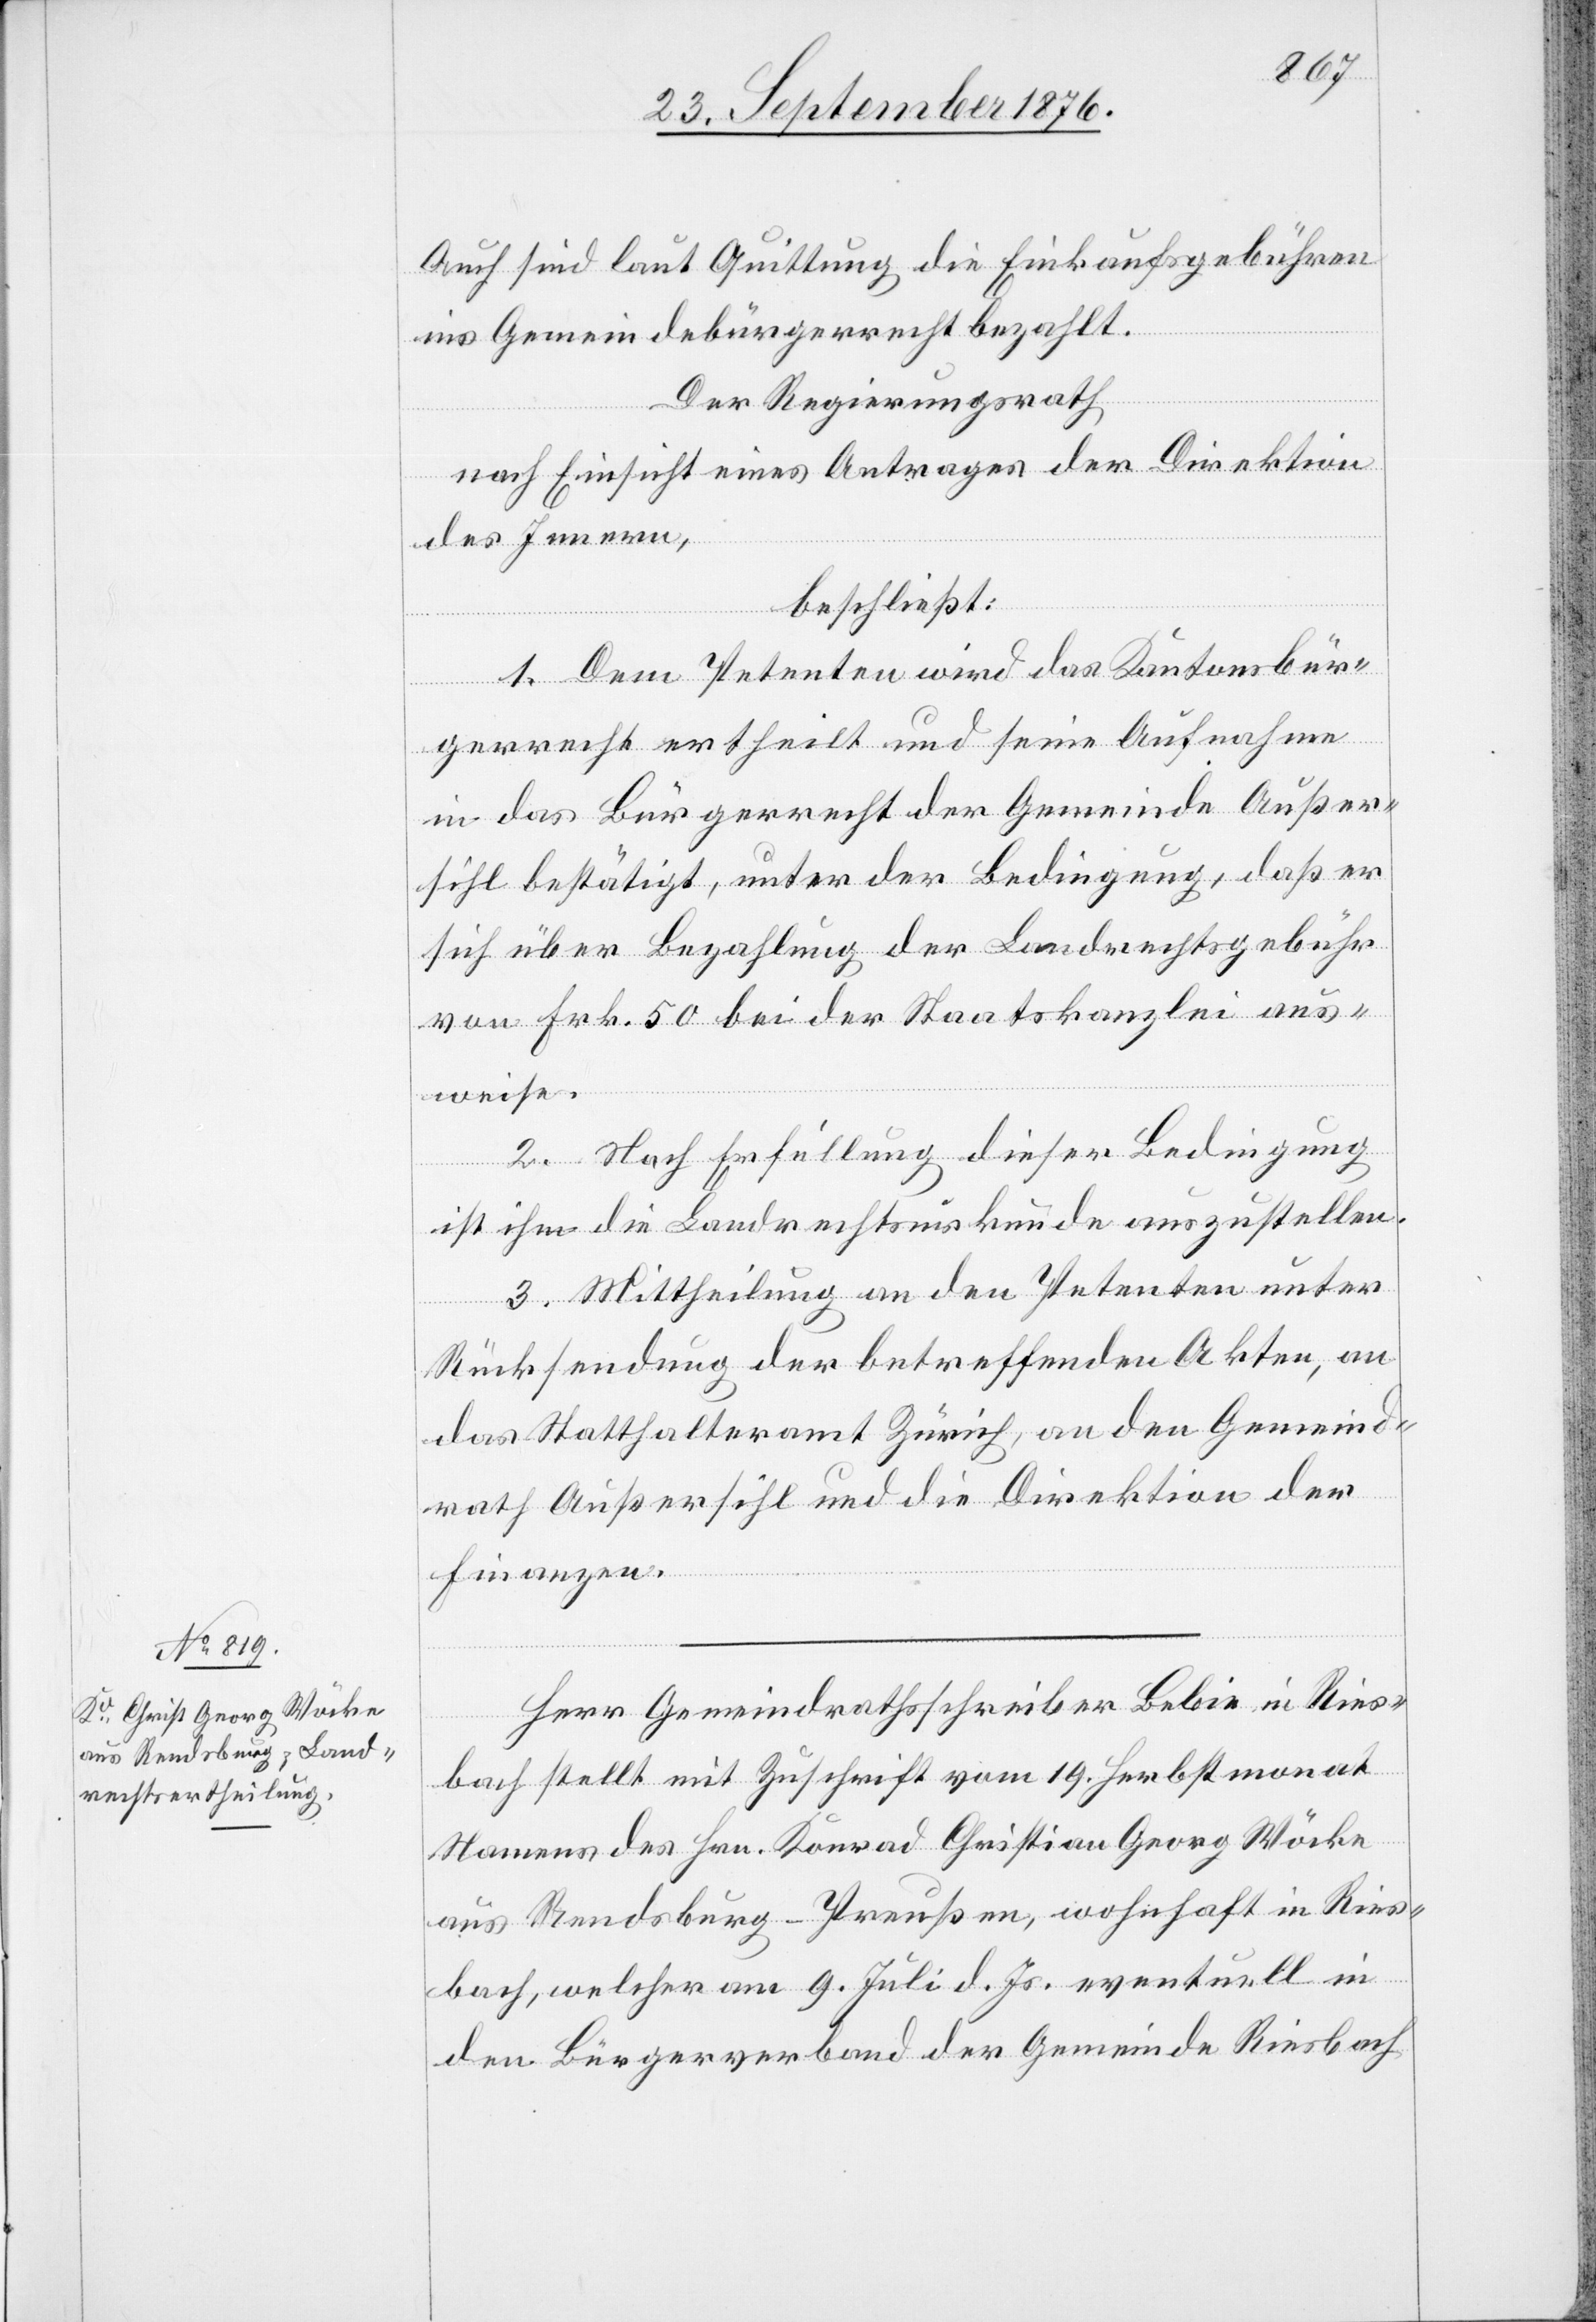
Auch sind laut Quittung die Einkaufsgebühren
ins Gemeindebürgerrecht bezahlt.
Der Regierungsrath,
nach Einsicht eines Antrages der Direktion
des Innern,
beschließt:
1. Dem Petenten wird das Kantonsbür¬
gerrecht ertheilt und seine Aufnahme
in das Bürgerrecht der Gemeinde Außer¬
sihl bestätigt, unter der Bedingung, daß er
sich über Bezahlung der Landrechtsgebühr
von Frk. 50 bei der Staatskanzlei aus¬
weise.
2. Nach Erfüllung dieser Bedingung
ist ihm die Landrechtsurkunde auszustellen.
3. Mittheilung an den Petenten unter
Rücksendung der betreffenden Akten, an
das Statthalteramt Zürich, an den Gemeind¬
rath Außersihl und die Direktion der
Finanzen.
Herr Gemeindrathsschreiber Bebie in Ries¬
bach stellt mit Zuschrift vom 19. Herbstmonat
Namens des Hrn. Konrad Christian Georg Möcke
aus Rendsburg - Preußen, wohnhaft in Ries¬
bach, welcher am 9. Juli d. Js. eventuell in
den Bürgerverband der Gemeinde Riesbach